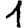
Digit: 1